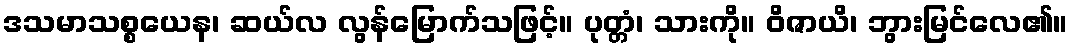
ဒသမာသစ္စယေန၊ ဆယ်လ လွန်မြောက်သဖြင့်။ ပုတ္တံ၊ သားကို။ ဝိဇာယိ၊ ဘွားမြင်လေ၏။